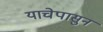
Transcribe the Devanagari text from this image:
याचेपासुन